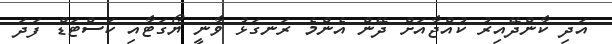
އަދި ކާންދޭއިރު ކުއްޖާއަށް ދޭން އެންމެ ރަނގަޅު ވާނީ ޔޯގަޓާއި ކަސްޓަޑް ފަދަ